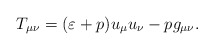
\begin{align*}T_{\mu \nu }=(\varepsilon +p)u_{\mu }u_{\nu }-pg_{\mu \nu }. \end{align*}